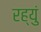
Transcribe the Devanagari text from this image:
रह्युं